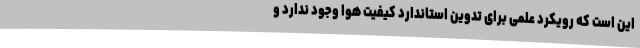
این است که رویکرد علمی برای تدوین استاندارد کیفیت هوا وجود ندارد و